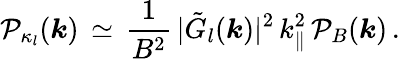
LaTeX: \mathcal P_{\kappa_{l}}(\boldsymbol{k})\, \simeq\, \frac{1}{B^{2}}\, \vert{\tilde{G}}_{l}(\boldsymbol{k})\vert^{2}\, k_{\parallel}^{2}\, \mathcal P_{B}(\boldsymbol{k})\, .